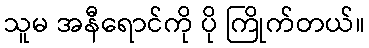
သူမ အနီရောင်ကို ပို ကြိုက်တယ်။